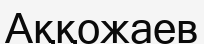
Аққожаев